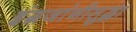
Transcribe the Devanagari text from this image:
इंग्रजांनीसुद्धा